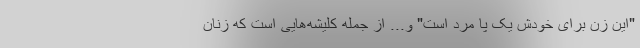
"این زن برای خودش یک پا مرد است" و... از جمله کلیشه‌هایی است که زنان